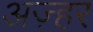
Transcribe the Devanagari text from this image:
अज़्हर